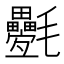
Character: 氎